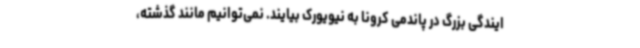
ایندگی بزرگ در پاندمی کرونا به نیویورک بیایند. نمی‌توانیم مانند گذشته،